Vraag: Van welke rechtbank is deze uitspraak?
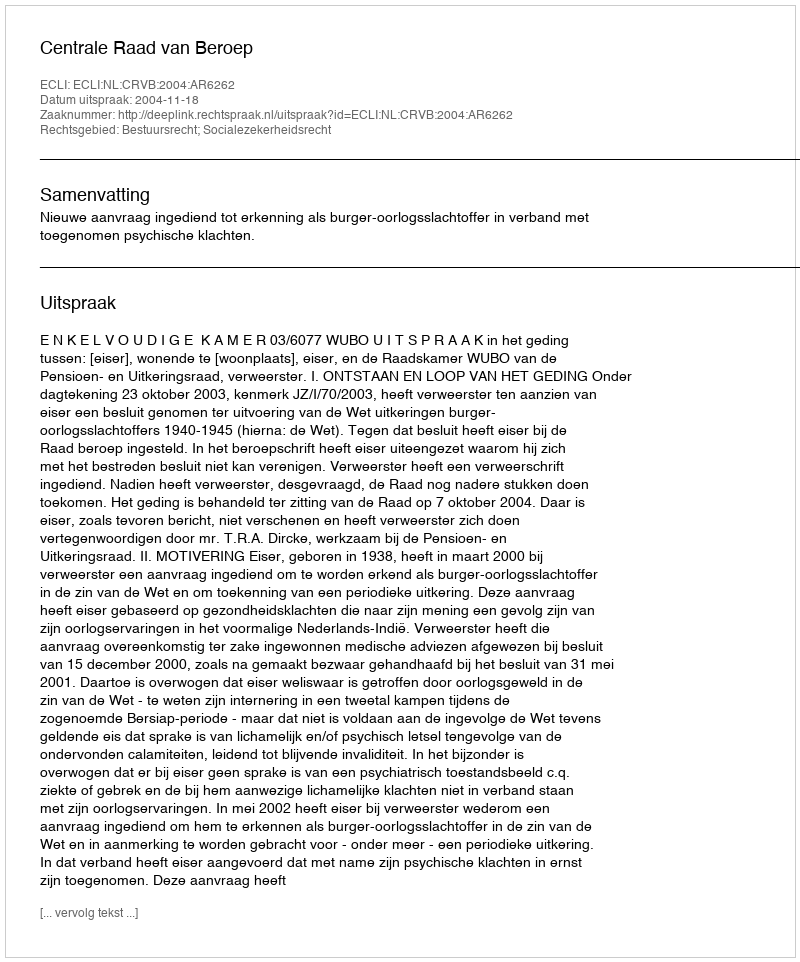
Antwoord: Centrale Raad van Beroep